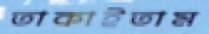
তাকাইতাম